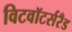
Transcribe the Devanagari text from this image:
विटवॉटर्सरँड